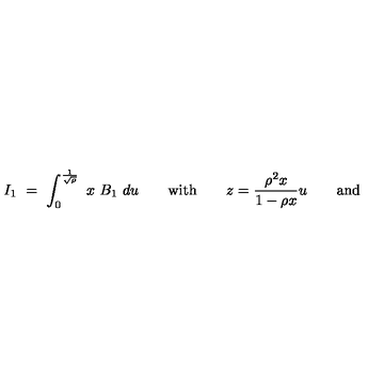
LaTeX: I _ { 1 } \ = \ \int _ { 0 } ^ { \frac { 1 } { \sqrt { \rho } } } \ x \ B _ { 1 } \ d u \qquad \mathrm { w i t h } \qquad { \displaystyle z = { \frac { \rho ^ { 2 } x } { 1 - \rho x } } u } \qquad \mathrm { a n d }